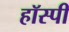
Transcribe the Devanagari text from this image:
हॉस्पी